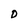
Character: D